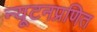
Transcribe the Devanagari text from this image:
न्यूटनप्रणित